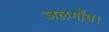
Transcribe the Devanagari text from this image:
जलगाँव।